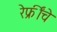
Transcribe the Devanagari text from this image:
रेफ्रींचे